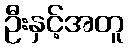
ဦးနှင့်အတူ